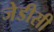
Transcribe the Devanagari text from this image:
जेडीसी